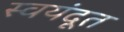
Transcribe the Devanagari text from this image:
स्वयंदूत